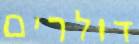
דולרים